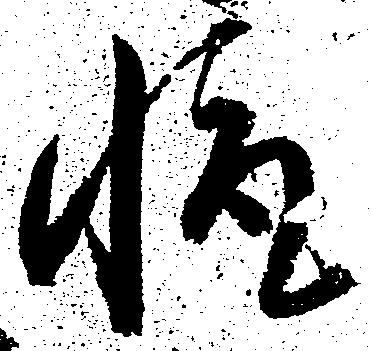
輙